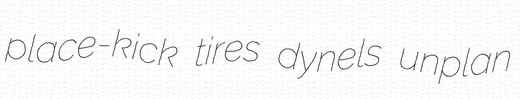
place-kick tires dynels unplan